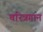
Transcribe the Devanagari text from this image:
चरित्रगान